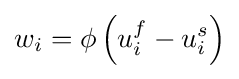
{w_{i}}=\phi \left({{u_{i}^{f}}-{u_{i}^{s}}}\right)